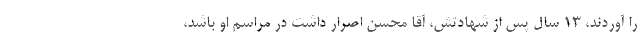
را آوردند، ۱۳ سال پس از شهادتش، آقا محسن اصرار داشت در مراسم او باشد،